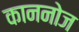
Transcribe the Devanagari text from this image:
काननोज